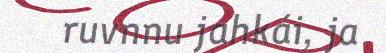
ruvnnu jahkái, ja